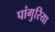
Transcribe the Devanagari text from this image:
पांगुरिया